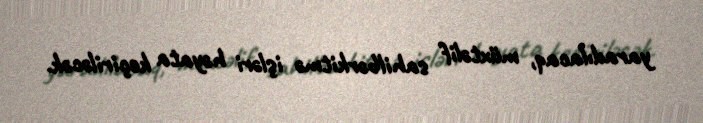
yaradılacaq, müxtəlif sahilbərkitmə işləri həyata keçiriləcək.